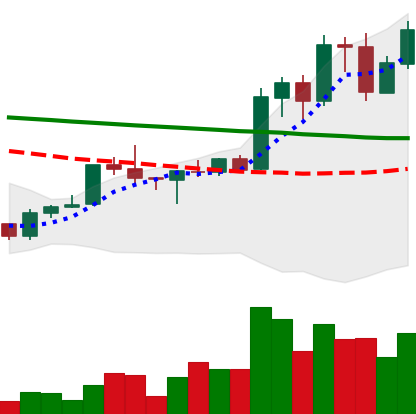
Ticker: ADA-USD
Chart end date: 2020-01-21
Forward return: -3.062%
Label: down_3_5